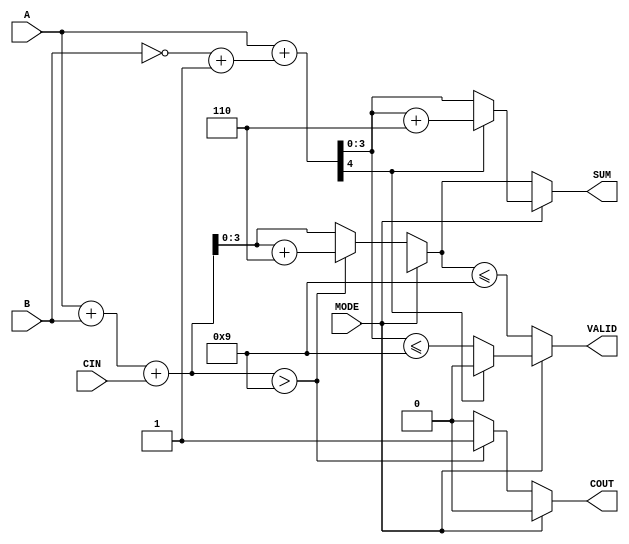
module BCD_Add_Subtracter (
    input  wire [3:0] A,     // 4-bit BCD input A
    input  wire [3:0] B,     // 4-bit BCD input B
    input  wire MODE,        // 1-bit control signal (0: Add, 1: Subtract)
    input  wire CIN,         // Carry-in for addition
    output reg  [3:0] SUM,   // 4-bit BCD result
    output reg  COUT,        // Carry-out for addition
    output reg  VALID        // Valid BCD output indicator
);

    wire [4:0] sum;          // 5-bit for sum to accommodate carry
    wire [4:0] B_twos_comp;  // Two's complement of B for subtraction
    
    // Compute Two's Complement of B
    assign B_twos_comp = {1'b0, ~B} + 1'b1; // B' + 1

    // Perform Addition or Subtraction based on MODE
    always @(*) begin
        if (MODE == 1'b0) begin
            // Addition
            sum = A + B + CIN; // Binary addition
            if (sum > 4'b1001) begin
                SUM = sum + 4'b0110; // Add 6 for BCD correction
                COUT = 1;             // Set carry out
            end else begin
                SUM = sum[3:0];      // No correction needed
                COUT = 0;             // No carry out
            end
            
            // Check if the result is a valid BCD digit
            VALID = (SUM <= 4'b1001);
        end else begin
            // Subtraction
            sum = A + B_twos_comp; // A + (~B + 1)
            if (sum[4] == 1'b1) begin
                // Negative result, need to correct
                SUM = sum[3:0] + 4'b0110; // Add 6 for BCD correction
                VALID = 0;                // Not a valid BCD
            end else begin
                SUM = sum[3:0];           // Result is valid
                VALID = (SUM <= 4'b1001);
            end
            COUT = 0; // No carry out in subtraction
        end
    end
endmodule